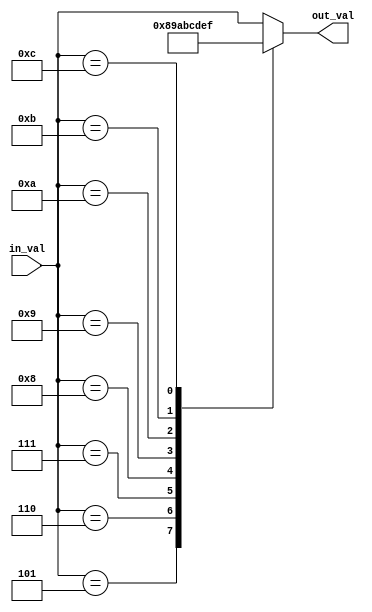
module add3gt4(input wire[3:0] in_val, output reg[3:0] out_val);
always @(in_val) begin
    case (in_val)
        4'b0101: out_val <= 4'b1000;
        4'b0110: out_val <= 4'b1001;
        4'b0111: out_val <= 4'b1010;
        4'b1000: out_val <= 4'b1011;
        4'b1001: out_val <= 4'b1100;
        4'b1010: out_val <= 4'b1101;
        4'b1011: out_val <= 4'b1110;
        4'b1100: out_val <= 4'b1111;
        default: out_val <= in_val;
    endcase
end
endmodule